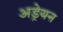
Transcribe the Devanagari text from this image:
अड्रेयन